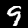
Digit: 9